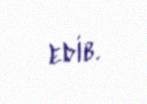
edib.